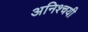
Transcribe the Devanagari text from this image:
अनिश्चयी